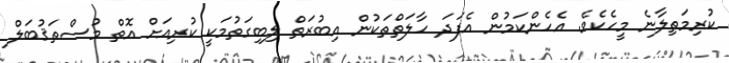
ކުރިމަތިލާނެ މީހެކެވެ. އެހެންކަމުން އެފަދަ ހާލަތްތަކުން އިބުރަތް ލިބިގަތުމަކީ ކުރިއަށް އޮތް މުސްތަޤުބަލް